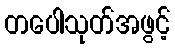
တပေါသုတ်အဖွင့်